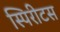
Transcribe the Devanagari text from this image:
स्पिरीटस